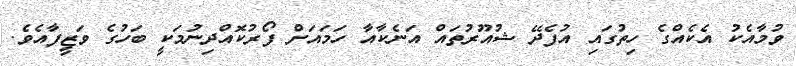
ވުމާއެކު އެކެއްގެ ހިތުގައި އުފެދޭ ޝުއޫރުތައް އަނެކާއާ ހަމައަށް ފޯރުކޮއްދިނުމަކީ ބަހުގެ ވަޒީފާއެވެ.